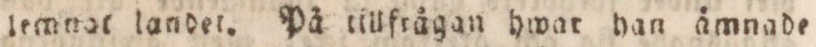
lemnar landet. På tillfrågan hwar han ämnade